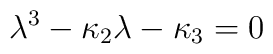
\lambda^3 - \kappa_2 \lambda - \kappa_3 = 0